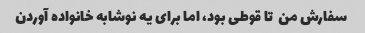
سفارش من  تا قوطی بود، اما برای یه نوشابه خانواده آوردن